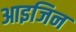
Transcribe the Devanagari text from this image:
आइजिन